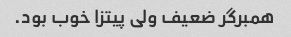
همبرگر ضعیف ولی پیتزا خوب بود.